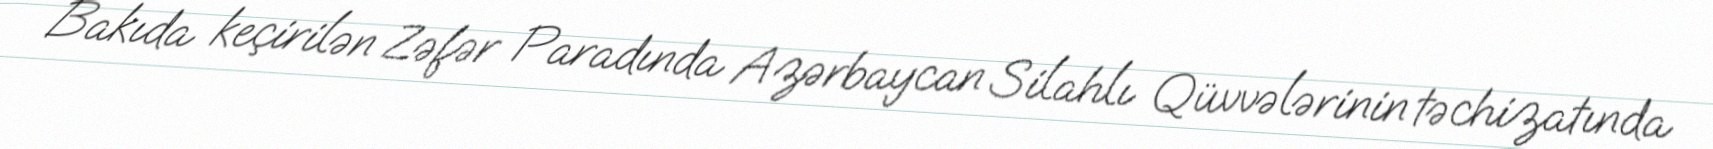
Bakıda keçirilən Zəfər Paradında Azərbaycan Silahlı Qüvvələrinin təchizatında